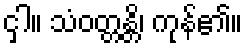
ငှါ။ သံဝတ္တန္တိ၊ ကုန်၏။